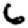
Digit: 6